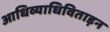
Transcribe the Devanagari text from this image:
आधिव्याधिविताड़न